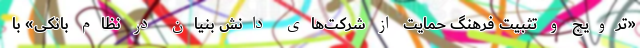
«ترویج و تثبیت فرهنگ حمایت از شرکت‌های دانش بنیان در نظام بانکی» با